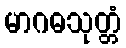
မာဂဓသုတ္တံ